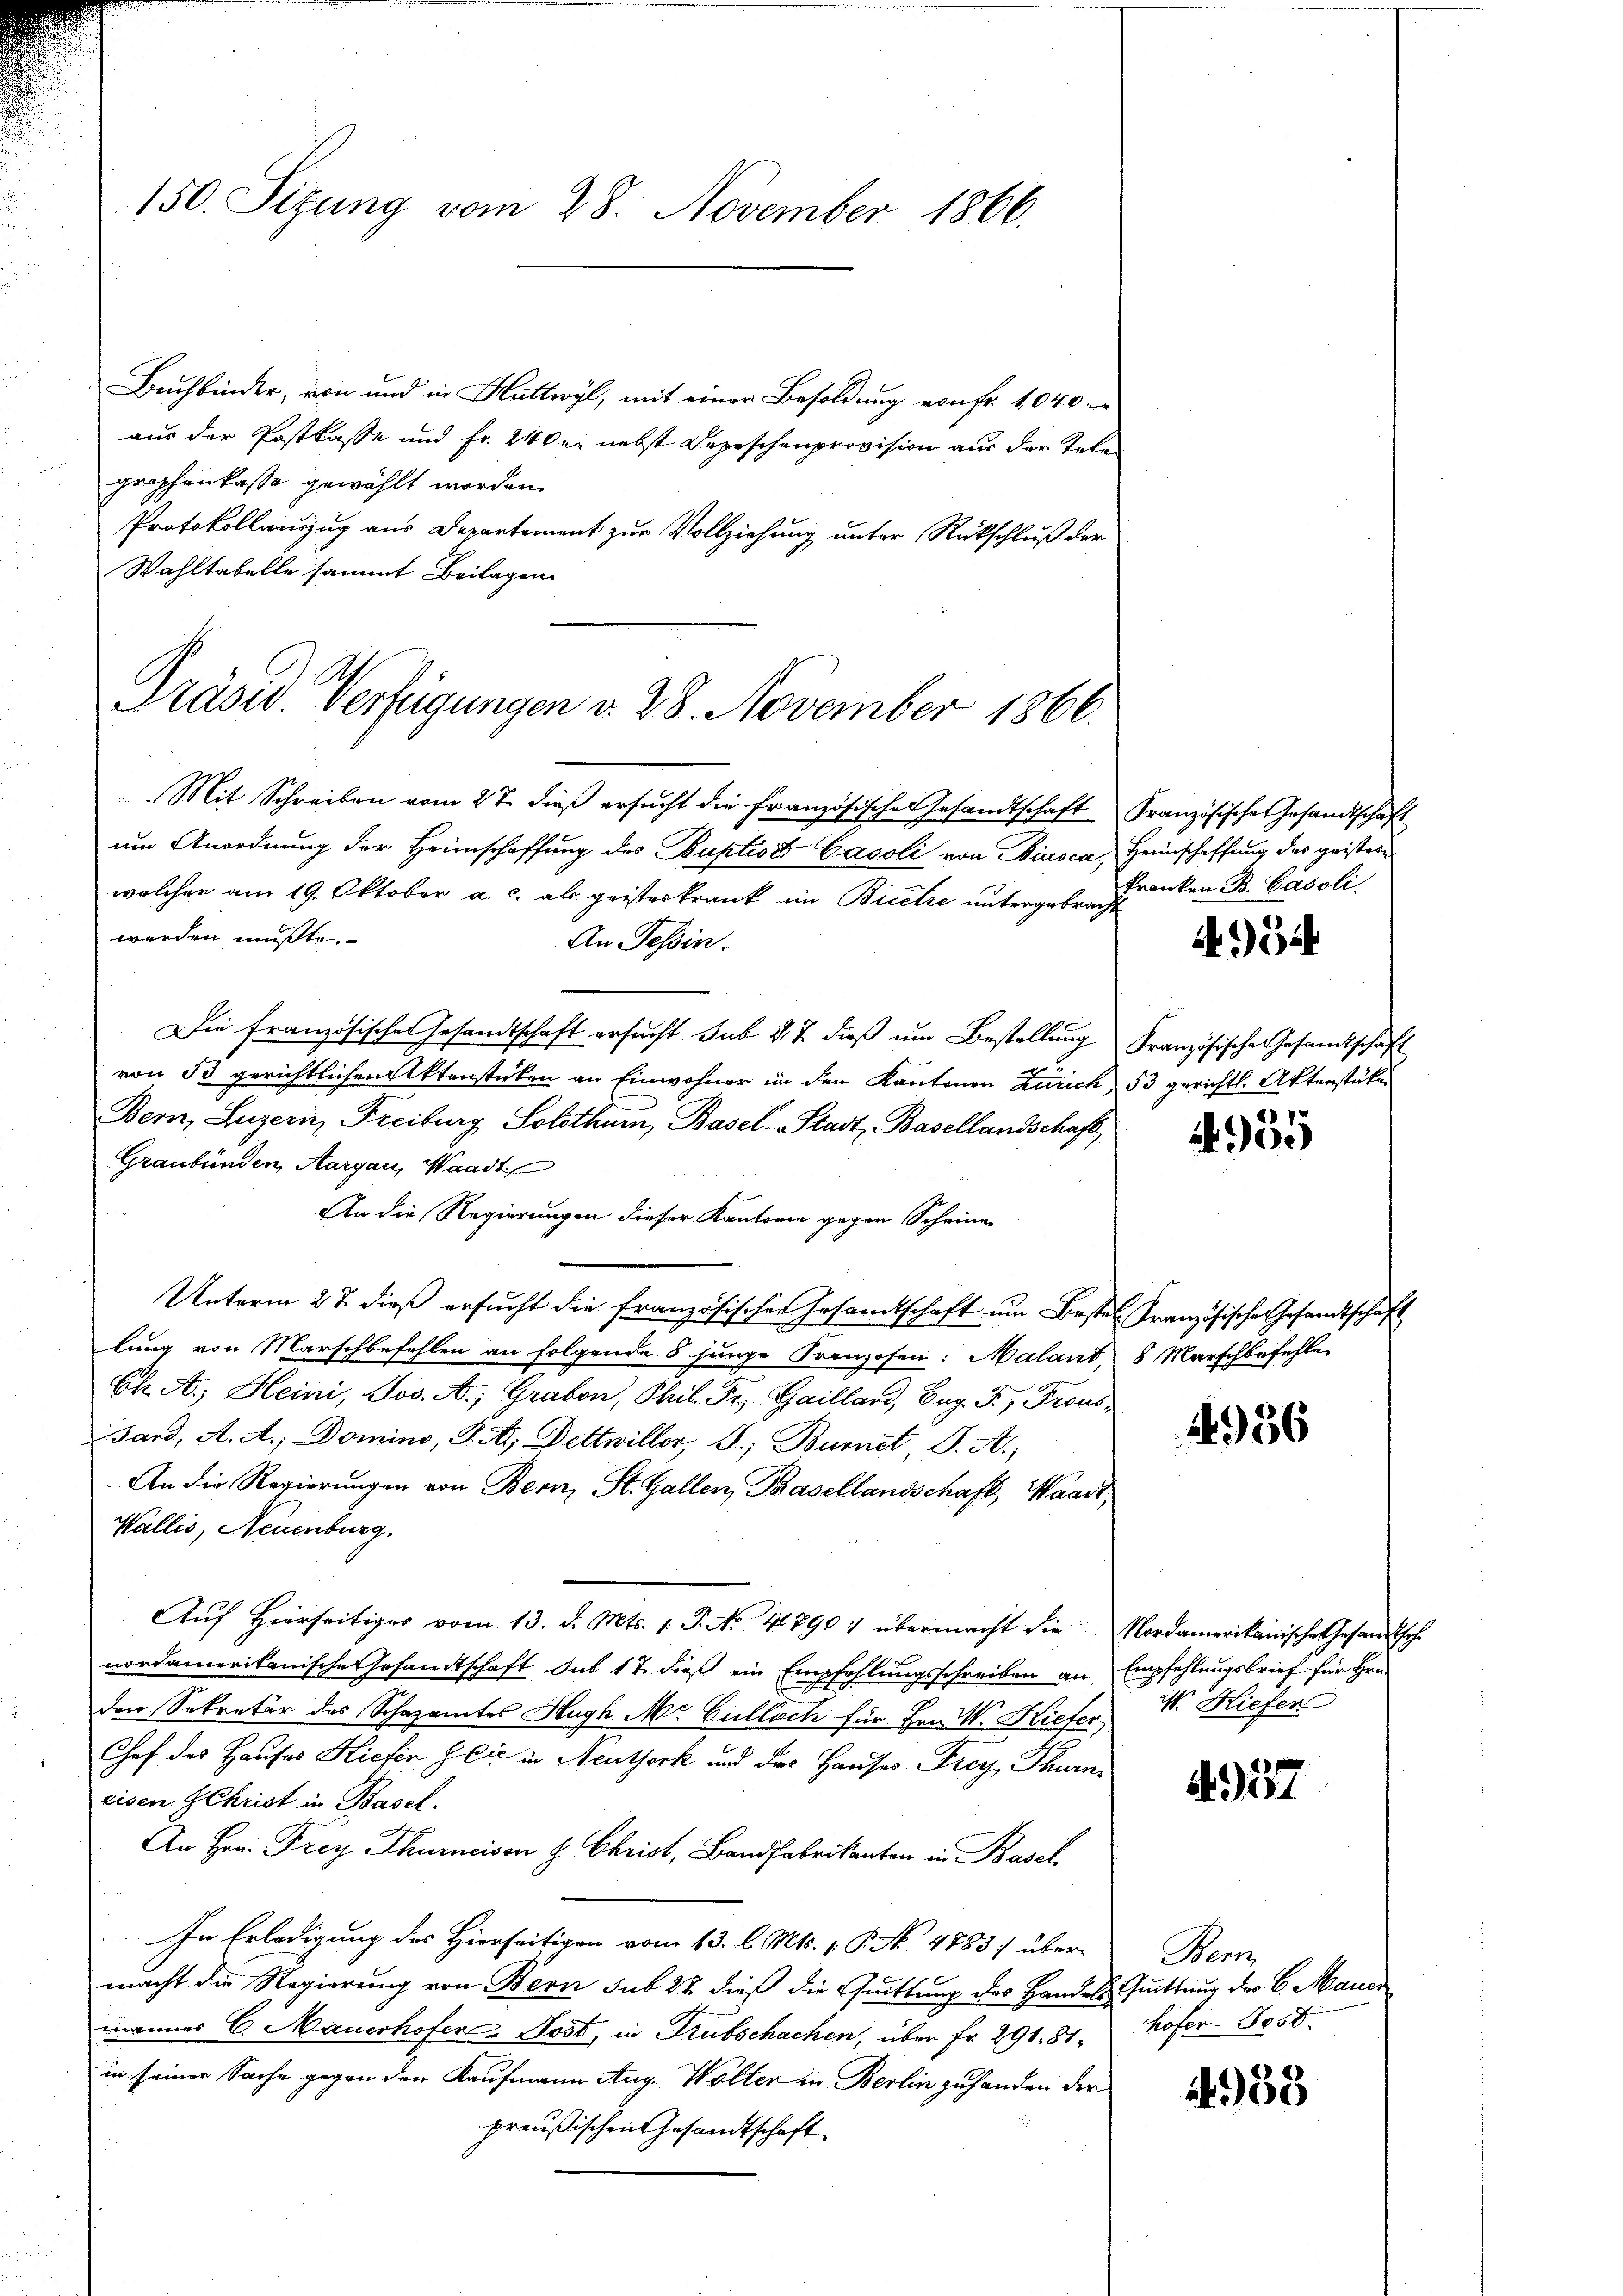
150. Sitzung vom 28. November 1866.

Buchbinder, von und in Huttwyl, mit einer Besoldung von Fr. 1040
aus der Postkasse und fr. 24 der nebst Depeschenprovision aus der Tele
graphenkasse gewählt worden.
Protokollauszug aus Departement zur Vollziehung unter Rückschluß der
Wahltabelle sammt Beilagen

Präsid. Verfügungen v. 28. November 1866.

Mit Schreiben vom 27. dieß ersucht die Französischen Gesandtschaft Französische Gesandtschaft
um Anordnung der Heimschaffung des Baptist Gasoli von Biasca, Heimschaffung des geisterwelcher am 19. Oktober a. c. als geisteskrank im Bietze untergeben denken B. Cäsoli
werden mußte.
An Tessin.
Die französischer Gesandtschaft ersucht sub d. 7. dieß um Bestellung Französische Gesandtschaft
von 53 gerichtlichen Aktenstücken an Einwohner in den Kantonen Zürich 53 gerichtl. Aktenstücken
Bern, Luzern Freiburg Solothur, Basel-Stadt, Basellandschaft,
Graubünden, Aargau, Waadt
An die Regierungen dieser Kantonie gegen Scheine
Unterm 27. dieß ersucht die französischen Gesamtschaft um Bestel Französische Gesandtschaft
lung von Marschbefohlen an folgende 8 junge Franzosen: Malant, 8 Marschbefehle
Ch. A. Heini, Jos. A.; Graben, Phil. Fr. Gaillard, Eug. F., Trous
sard, A. A., Domino, P. A. Dettwiller, S. Burnet, S. A.)
An die Regierungen von Bern, St. Gallen, Basellandschaft, Waadt,
Wallis, Neuenburg.
Aŭf Hierseitiges vom 13. d. Mts. 1. P. No. 41790 & übermacht die Nordamerikanische Gesandtsch
nordamerikanische Gesandtschaft sub 17 dieß ein Empfehlungsschreiben an Empfehlungsbrief für Hrn.
den Sekretär des Schazamtes Hugh Mr. Cullach für Hrn. W. Hiefer
Chef des Hauses Kiefen sie in Neuthork und des Hauses Frey, Thurni
eisen Gehrist in Basel.
An Hrn. Drey Thureisen H. Christ, Bandfabrikanton in Basel
In Erledigung des Hierseitigen vom 13. l. Mts. 1. P. No 4783 übermacht die Regierung von Bern sub 22 dieß die Quittung des Handels Quittung der 6. Mauer
mannes 6. Mauerhofer Jost, in Trubschachen, über Fr. 291. 81. Hofer. 8050.
in seiner Sache gegen den Kaufmann Aug. Woller in Berlin zuhanden der
preußischen Gesandtschaft

4954

2955

1956

M. Hiefer

4937

Benz

983